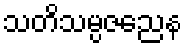
သတိသမ္ပဇညေန